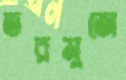
তরমুজে